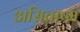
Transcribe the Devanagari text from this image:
असिताष्म